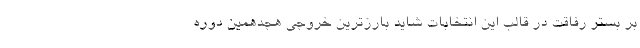
بر بستر رفاقت در قالب این انتخابات شاید بارزترین خروجی هجدهمین دوره